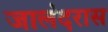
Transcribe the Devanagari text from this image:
जालंदरास